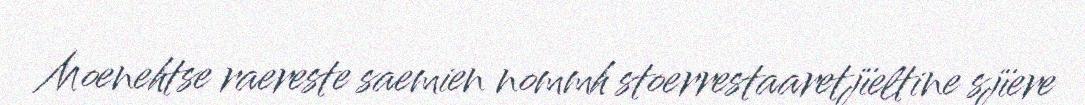
Moenehtse raereste saemien nommh stoerrestaaretjïeltine sjïere